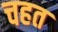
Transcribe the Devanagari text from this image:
चहत